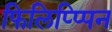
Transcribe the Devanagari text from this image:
फिलिप्प्पिन